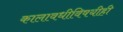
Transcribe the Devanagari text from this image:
कालावधीविषयीही